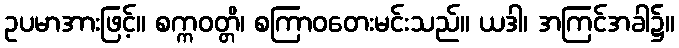
ဥပမာအားဖြင့်။ စက္ကဝတ္တိ၊ စကြာဝတေးမင်းသည်။ ယဒါ၊ အကြင်အခါ၌။